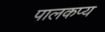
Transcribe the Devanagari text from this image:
पालकप्य